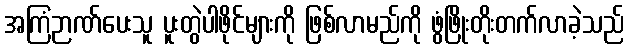
အကြံဉာဏ်ပေးသူ ပူးတွဲပါဖိုင်များကို ဖြစ်လာမည်ကို ဖွံဖြိုးတိုးတက်လာခဲ့သည်